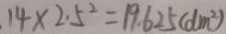
1 4 \times 2 . 5 ^ { 2 } = 1 9 . 6 2 5 ( d m ^ { 2 } )